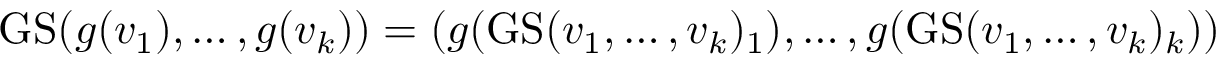
\operatorname { G S } ( g ( v _ { 1 } ) , \dots , g ( v _ { k } ) ) = ( g ( \operatorname { G S } ( v _ { 1 } , \dots , v _ { k } ) _ { 1 } ) , \dots , g ( \operatorname { G S } ( v _ { 1 } , \dots , v _ { k } ) _ { k } ) )